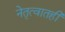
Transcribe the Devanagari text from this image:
नेतृत्वातही